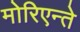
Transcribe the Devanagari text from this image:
मोरिएन्ते